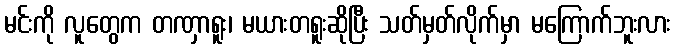
မင်းကို လူတွေက တဏှာရူး၊ မယားတရူးဆိုပြီး သတ်မှတ်လိုက်မှာ မကြောက်ဘူးလား